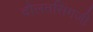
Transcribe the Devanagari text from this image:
दौलतसिंगजी